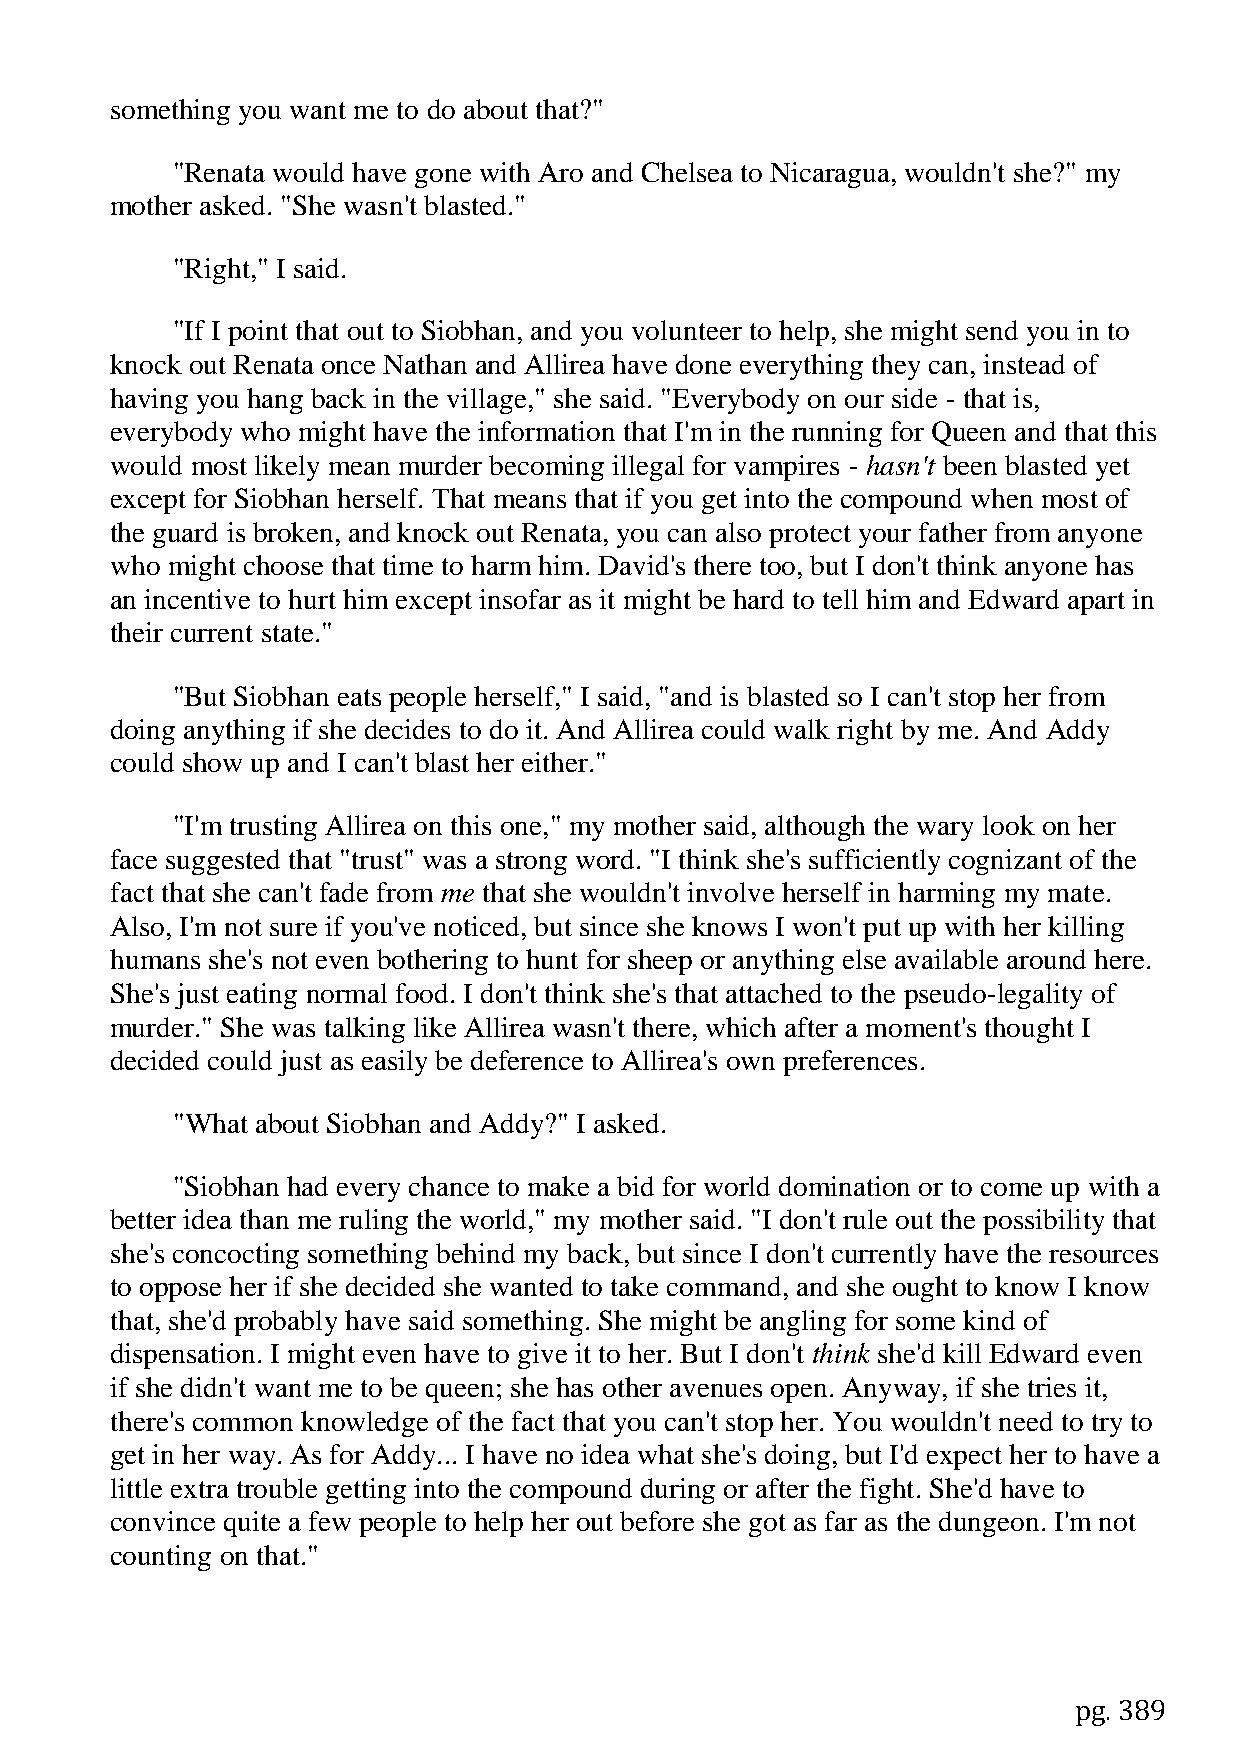
something you want me to do about that?"
 "Renata would have gone with Aro and Chelsea to Nicaragua, wouldn't she?" my
 mother asked. "She wasn't blasted."
 "Right," I said.
 "If I point that out to Siobhan, and you volunteer to help, she might send you in to
 knock out Renata once Nathan and Allirea have done everything they can, instead of
 having you hang back in the village," she said. "Everybody on our side - that is,
 everybody who might have the information that I'm in the running for Queen and that this
 would most likely mean murder becoming illegal for vampires - hasn't been blasted yet
 except for Siobhan herself. That means that if you get into the compound when most of
 the guard is broken, and knock out Renata, you can also protect your father from anyone
 who might choose that time to harm him. David's there too, but I don't think anyone has
 an incentive to hurt him except insofar as it might be hard to tell him and Edward apart in
 their current state."
 "But Siobhan eats people herself," I said, "and is blasted so I can't stop her from
 doing anything if she decides to do it. And Allirea could walk right by me. And Addy
 could show up and I can't blast her either."
 "I'm trusting Allirea on this one," my mother said, although the wary look on her
 face suggested that "trust" was a strong word. "I think she's sufficiently cognizant of the
 fact that she can't fade from me that she wouldn't involve herself in harming my mate.
 Also, I'm not sure if you've noticed, but since she knows I won't put up with her killing
 humans she's not even bothering to hunt for sheep or anything else available around here.
 She's just eating normal food. I don't think she's that attached to the pseudo-legality of
 murder." She was talking like Allirea wasn't there, which after a moment's thought I
 decided could just as easily be deference to Allirea's own preferences.
 "What about Siobhan and Addy?" I asked.
 "Siobhan had every chance to make a bid for world domination or to come up with a
 better idea than me ruling the world," my mother said. "I don't rule out the possibility that
 she's concocting something behind my back, but since I don't currently have the resources
 to oppose her if she decided she wanted to take command, and she ought to know I know
 that, she'd probably have said something. She might be angling for some kind of
 dispensation. I might even have to give it to her. But I don't think she'd kill Edward even
 if she didn't want me to be queen; she has other avenues open. Anyway, if she tries it,
 there's common knowledge of the fact that you can't stop her. You wouldn't need to try to
 get in her way. As for Addy... I have no idea what she's doing, but I'd expect her to have a
 little extra trouble getting into the compound during or after the fight. She'd have to
 convince quite a few people to help her out before she got as far as the dungeon. I'm not
 counting on that."
 pg. 389